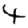
Digit: 4